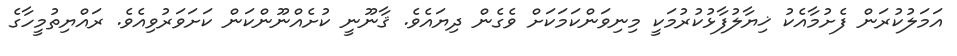
އަމަލުކުރަން ފެށުމާއެކު ޚިޔާލުފާޅުކުރުމަކީ މިނިވަންކަމަކަށް ވެގެން ދިޔައެވެ. ޤާނޫނީ ކުށެއްނޫންކަން ކަށަވަރުވިއެވެ. ރައްޔިތުމީހާގެ